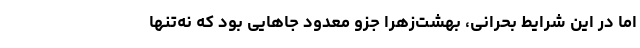
اما در این شرایط بحرانی، بهشت‌زهرا جزو معدود جاهایی بود که نه‌تنها